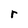
Character: r